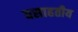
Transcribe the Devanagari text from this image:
वसाहतीय